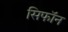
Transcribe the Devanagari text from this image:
सिफॉन